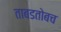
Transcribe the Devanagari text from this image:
ताबडतोबच